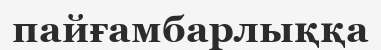
пайғамбарлыққа